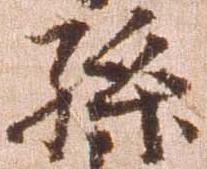
孫